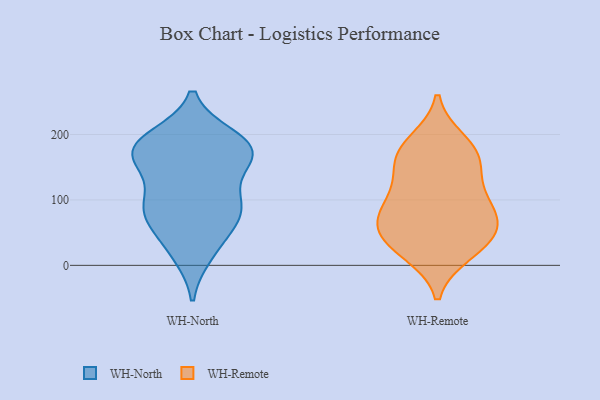
{"axis": {"x": "Demand Index", "y": "Value"}, "legend": ["WH-North", "WH-Remote"], "data": [{"x": "", "y": 186, "type": "WH-North"}, {"x": "", "y": 78, "type": "WH-North"}, {"x": "", "y": 195, "type": "WH-North"}, {"x": "", "y": 23, "type": "WH-North"}, {"x": "", "y": 110, "type": "WH-North"}, {"x": "", "y": 162, "type": "WH-North"}, {"x": "", "y": 194, "type": "WH-North"}, {"x": "", "y": 159, "type": "WH-North"}, {"x": "", "y": 77, "type": "WH-North"}, {"x": "", "y": 56, "type": "WH-North"}, {"x": "", "y": 17, "type": "WH-North"}, {"x": "", "y": 174, "type": "WH-North"}, {"x": "", "y": 91, "type": "WH-North"}, {"x": "", "y": 164, "type": "WH-North"}, {"x": "", "y": 170, "type": "WH-North"}, {"x": "", "y": 179, "type": "WH-North"}, {"x": "", "y": 94, "type": "WH-North"}, {"x": "", "y": 85, "type": "WH-North"}, {"x": "", "y": 102, "type": "WH-Remote"}, {"x": "", "y": 117, "type": "WH-Remote"}, {"x": "", "y": 35, "type": "WH-Remote"}, {"x": "", "y": 33, "type": "WH-Remote"}, {"x": "", "y": 71, "type": "WH-Remote"}, {"x": "", "y": 187, "type": "WH-Remote"}, {"x": "", "y": 56, "type": "WH-Remote"}, {"x": "", "y": 86, "type": "WH-Remote"}, {"x": "", "y": 165, "type": "WH-Remote"}, {"x": "", "y": 164, "type": "WH-Remote"}, {"x": "", "y": 64, "type": "WH-Remote"}, {"x": "", "y": 166, "type": "WH-Remote"}, {"x": "", "y": 21, "type": "WH-Remote"}]}